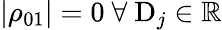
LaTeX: |\rho_{01}|=0\ \forall\ \mathrm{D}_{j}\in\mathbb{R}